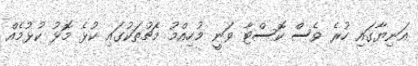
އަނިޔާގައި ހުރެ ވެސް ކޮސްޓާ ވަނީ މުހިއްމު މެޗުތަކުގައި ކުޅެ މޮޅު ކުޅުމެއް